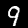
Digit: 9